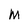
Character: N